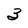
Character: 3